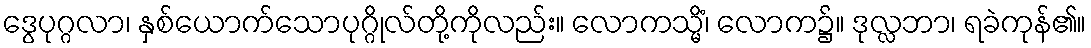
ဒွေပုဂ္ဂလာ၊ နှစ်ယောက်သောပုဂ္ဂိုလ်တို့ကိုလည်း။ လောကသ္မိံ၊ လောက၌။ ဒုလ္လဘာ၊ ရခဲကုန်၏။